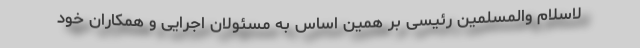
لاسلام والمسلمین رئیسی بر همین اساس به مسئولان اجرایی و همکاران خود